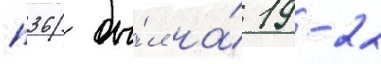
п36 бы́л на́ 19-22